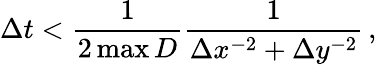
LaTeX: {}\Delta t<\frac{1}{2\operatorname*{max}D}\frac{1}{\Delta x^{-2}+\Delta y^{-2}}\, ,